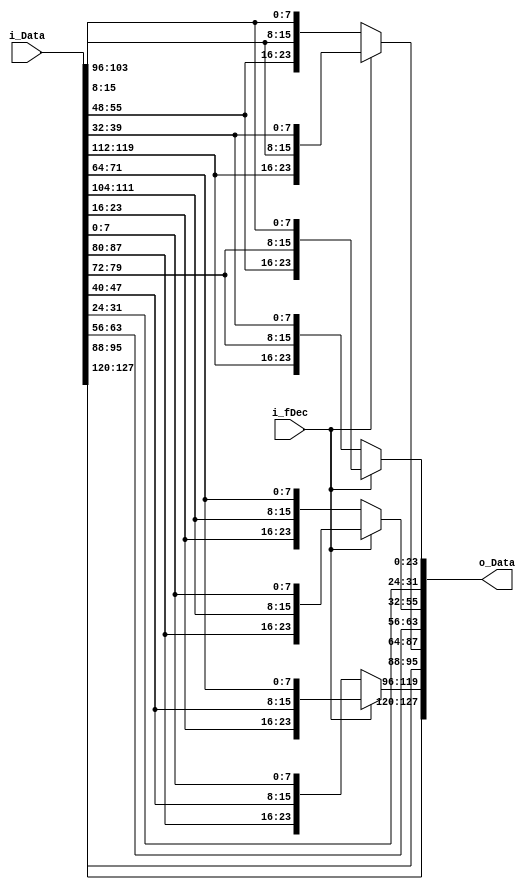
module ShiftRow(
    input [127:0] i_Data,
    output [127:0] o_Data,
    input i_fDec
);

    assign 
        o_Data[96+:32] = i_fDec ?
            {i_Data[15*8+:8], i_Data[ 2*8+:8], i_Data[ 5*8+:8], i_Data[ 8*8+:8]} :
            {i_Data[15*8+:8], i_Data[10*8+:8], i_Data[ 5*8+:8], i_Data[ 0*8+:8]},
            
        o_Data[64+:32] = i_fDec ?
            {i_Data[11*8+:8], i_Data[14*8+:8], i_Data[ 1*8+:8], i_Data[ 4*8+:8]} :
            {i_Data[11*8+:8], i_Data[ 6*8+:8], i_Data[ 1*8+:8], i_Data[12*8+:8]},

        o_Data[32+:32] = i_fDec ?
            {i_Data[ 7*8+:8], i_Data[10*8+:8], i_Data[13*8+:8], i_Data[ 0*8+:8]} :
            {i_Data[ 7*8+:8], i_Data[ 2*8+:8], i_Data[13*8+:8], i_Data[ 8*8+:8]},

        o_Data[ 0+:32] = i_fDec ?
            {i_Data[ 3*8+:8], i_Data[ 6*8+:8], i_Data[ 9*8+:8], i_Data[12*8+:8]} :
            {i_Data[ 3*8+:8], i_Data[14*8+:8], i_Data[ 9*8+:8], i_Data[ 4*8+:8]};

endmodule